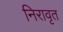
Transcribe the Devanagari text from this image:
निरावृत